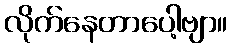
လိုက်နေတာပေါ့ဗျာ။